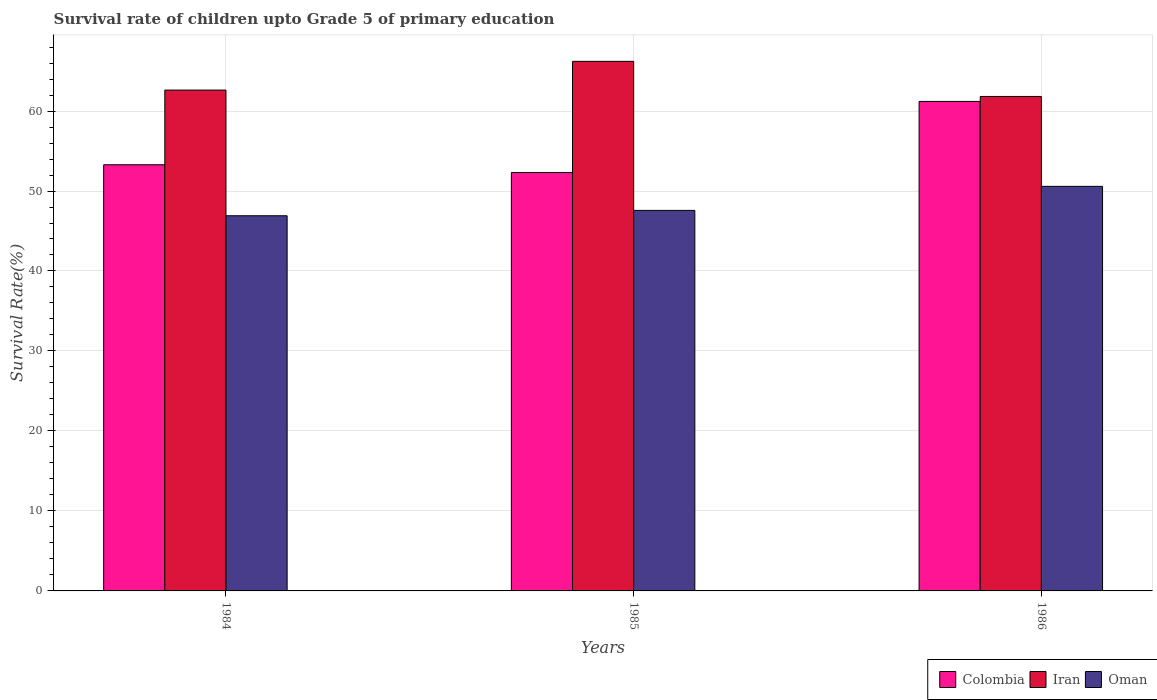
| Years | Colombia | Iran | Oman |
 | --- | --- | --- | --- |
 | 1984 | 53.3 | 62.6 | 46.9 |
 | 1985 | 52.3 | 66.2 | 47.6 |
 | 1986 | 61.2 | 61.8 | 50.6 |